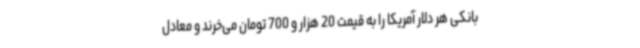
بانکی هر دلار آمریکا را به قیمت 20 هزار و 700 تومان می‌خرند و معادل